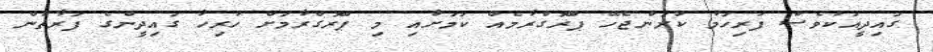
ގައިދީއަކުވެސް ފުރިހަމަ ކުރަންޖެހޭ ޕްރޮގްރާމެއް ކަމަށާއި މި ޕްރޮގްރާމަށް ހުރިހާ ގައިދީންގެ ފަރާތުން